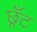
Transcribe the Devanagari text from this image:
छूँट